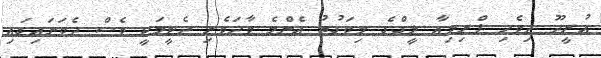
އުރީދޫ ދިވެހި ޕްރިމިއާ ލީގްގެ މިވަގުތު އެންމެ ވާދަވެރި ދެޓީމަކީ ވެސް ދެވަނައިގައި